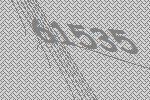
61535